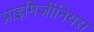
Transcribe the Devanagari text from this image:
प्राइमिजीनियस